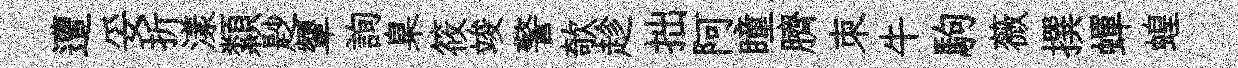
遭妥折漾纇尟顰詢臬筱竣警欹趁拙阿瞳臍朿牛駒薇撰蟬蝗